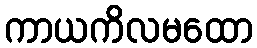
ကာယကိလမထော